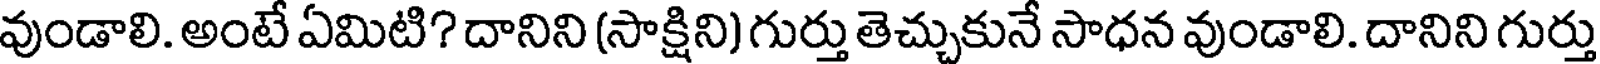
వుండాలి. అంటే ఏమిటి? దానిని (సాక్షిని) గుర్తు తెచ్చుకునే సాధన వుండాలి. దానిని గుర్తు